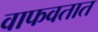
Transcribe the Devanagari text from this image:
वाफवतात